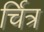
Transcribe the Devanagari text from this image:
र्चित्र